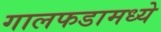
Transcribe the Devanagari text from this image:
गालफडामध्ये